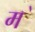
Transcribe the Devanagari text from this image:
म॓